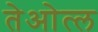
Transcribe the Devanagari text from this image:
तेओत्ल